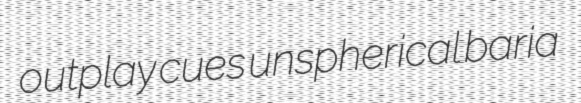
outplay cues unspherical baria